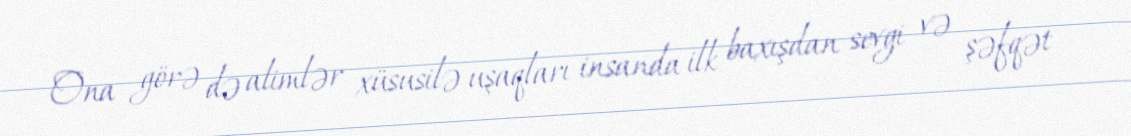
Ona görə də alimlər xüsusilə uşaqları insanda ilk baxışdan sevgi və şəfqət